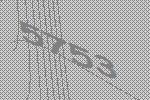
5753